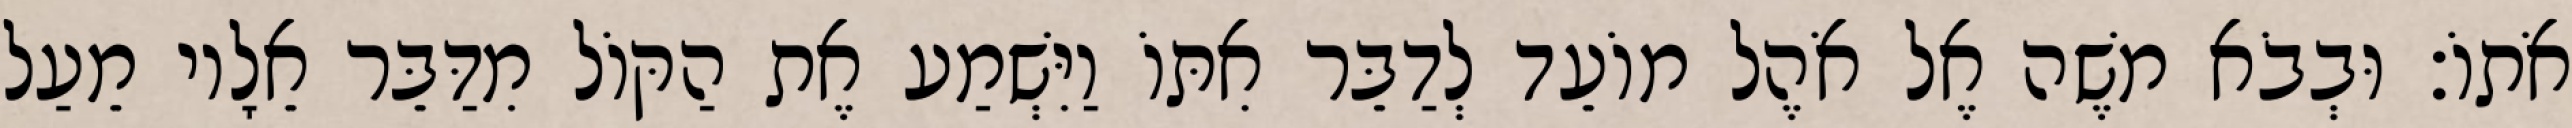
אֹתוֹ׃ וּבְבֹא משֶׁה אֶל אֹהֶל מוֹעֵד לְדַבֵּר אִתּוֹ וַיִּשְׁמַע אֶת הַקּוֹל מִדַּבֵּר אֵלָיו מֵעַל